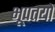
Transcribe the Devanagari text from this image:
भूपतयो